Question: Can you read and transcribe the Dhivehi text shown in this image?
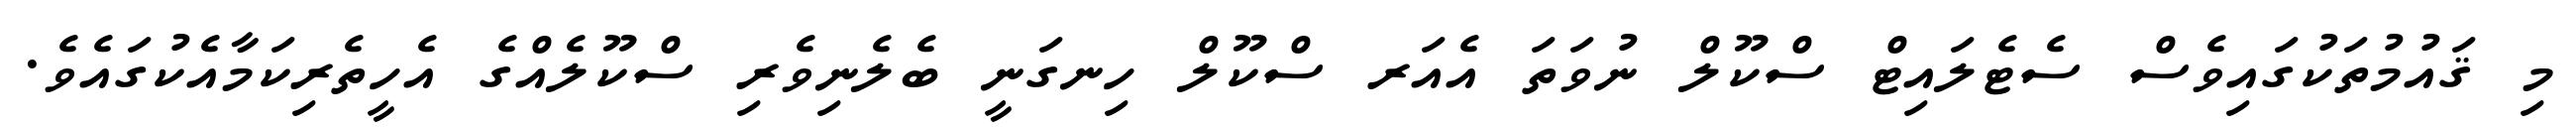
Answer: މި ޤައުމުތަކުގައިވެސް ސެޓެލައިޓް ސްކޫލް ނުވަތަ އެއަރ ސްކޫލް ހިނގަނީ ބެލެނިވެރި ސްކޫލެއްގެ އެހީތެރިކަމާއެކުގައެވެ.